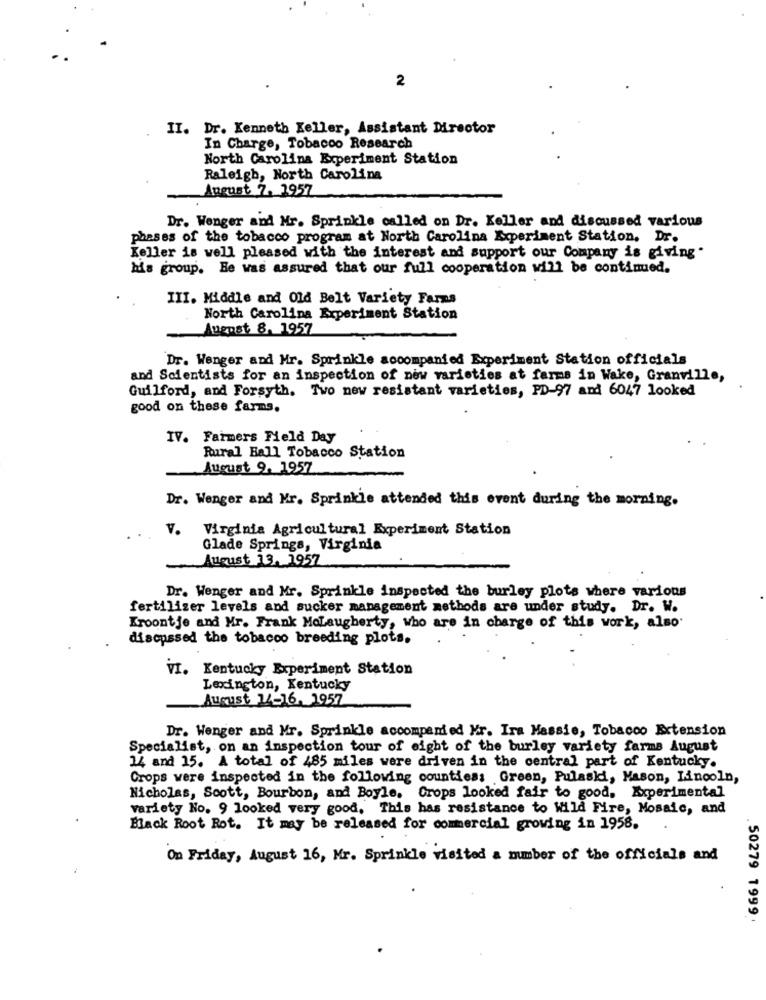
2
II. Dr. Kenneth Keller, Assistant Director
In Charge, Tobacoo Research
North Carolina Experiment Station
Raleigh, North Carolina
August 7. 1957
Dr. Wenger and Mr. Sprinkle called on Dr. Keller and discussed various
phases of the tobacco program at North Carolina Experiment Station, Dr.
Keller is well pleased with the interest and support our Company is giving"
his group. He was assured that our full cooperation will be continued.
III. Middle and Old Belt Variety Farms
North Carolina Experiment Station
August 8, 1957
Dr. Wenger and Mr. Sprinkle accompanied Experiment Station officials
and Scientists for an inspection of new varieties at farms in Wake, Granville,
Guilford, and Forsyth. Two new resistant varieties, PD-97 and 6047 looked
good on these farms.
IV. Farmers Field Day
Rural Hall Tobacco Station
August 9. 1957
Dr. Wenger and Mr. Sprinkle attended this event during the morning.
V. Virginia Agricultural Experiment Station
Glade Springs, Virginia
August 13, 1957
Dr. Wenger and Mr. Sprinkle inspected the burley plots where various
fertilizer levels and sucker management methods are under study. Dr. W.
Kroontje and Mr. Frank MoLaugherty, who are in charge of this work, also
discussed the tobacco breeding plots.
VI. Kentucky Experiment Station
Lexington, Kentucky
August 1/-16, 1957
Dr. Wenger and Mr. Sprinkle accompanied Mr. Ira Massie, Tobacco Extension
Specialist, on an inspection tour of eight of the burley variety farms August
14 and 15. A total of 485 miles were driven in the central part of Kentucky.
Crops were inspected in the following counties: Green, Pulaski, Mason, Lincoln,
Nicholas, Scott, Bourbon, and Boyle. Crops looked fair to good, Experimental
variety No. 9 looked very good, This has resistance to Wild Fire, Mosaic, and
Back Root Rot. It may be released for commercial growing in 1958.
On Friday, August 16, Mr. Sprinkle visited a number of the officials and
. 50279 1999 .